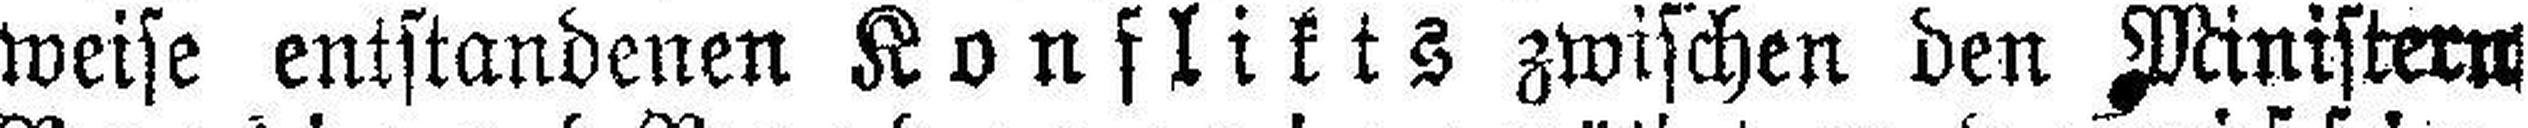
weise entstandenen Konflikts zwischen den Ministern